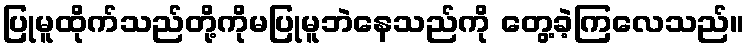
ပြုမူထိုက်သည်တို့ကိုမပြုမူဘဲနေသည်ကို တွေ့ခဲ့ကြလေသည်။